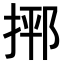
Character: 𪮂